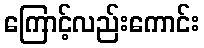
ကြောင့်လည်းကောင်း